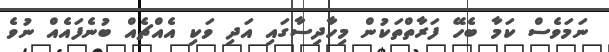
ނަމަވެސް ކަމާ ބެހޭ ފަރާތްތަކުން މިހާދިސާގައި އަދި ވަކި އެއްޗެއް ބުނެފައެއް ނުވެ